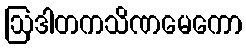
ဩဒါတကသိဏမေကော